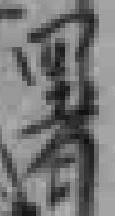
署